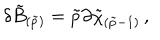
\delta \tilde { B } _ { ( \tilde { p } ) } = \tilde { p } \partial \tilde { \chi } _ { ( \tilde { p } - 1 ) } \, ,